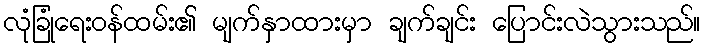
လုံခြုံရေးဝန်ထမ်း၏ မျက်နှာထားမှာ ချက်ချင်း ပြောင်းလဲသွားသည်။